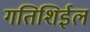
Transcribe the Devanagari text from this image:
गतिशिईल